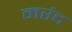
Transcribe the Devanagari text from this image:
मरंद